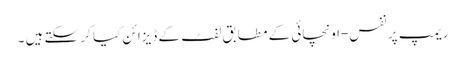
ریمپ پر نفس-اونچائی کے مطابق لفٹ کے ڈیزائن کیا کر سکتے ہیں ۔